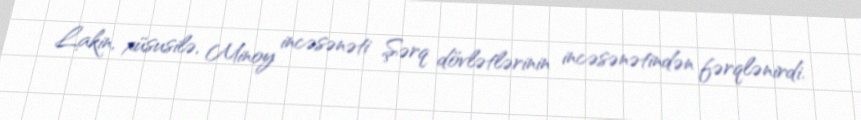
Lakin, xüsusilə, Minoy incəsənəti Şərq dövlətlərinin incəsənətindən fərqlənirdi.